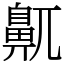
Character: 鼿